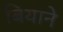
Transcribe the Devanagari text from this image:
बियाने